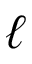
\ell